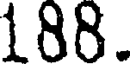
188.